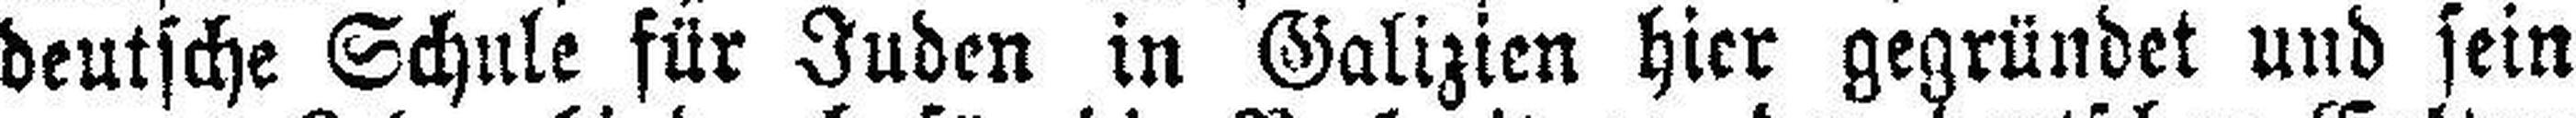
deutsche Schule für Juden in Galizien hier gegründet und sein